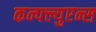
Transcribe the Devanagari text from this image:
कन्फ्ल्युएन्स